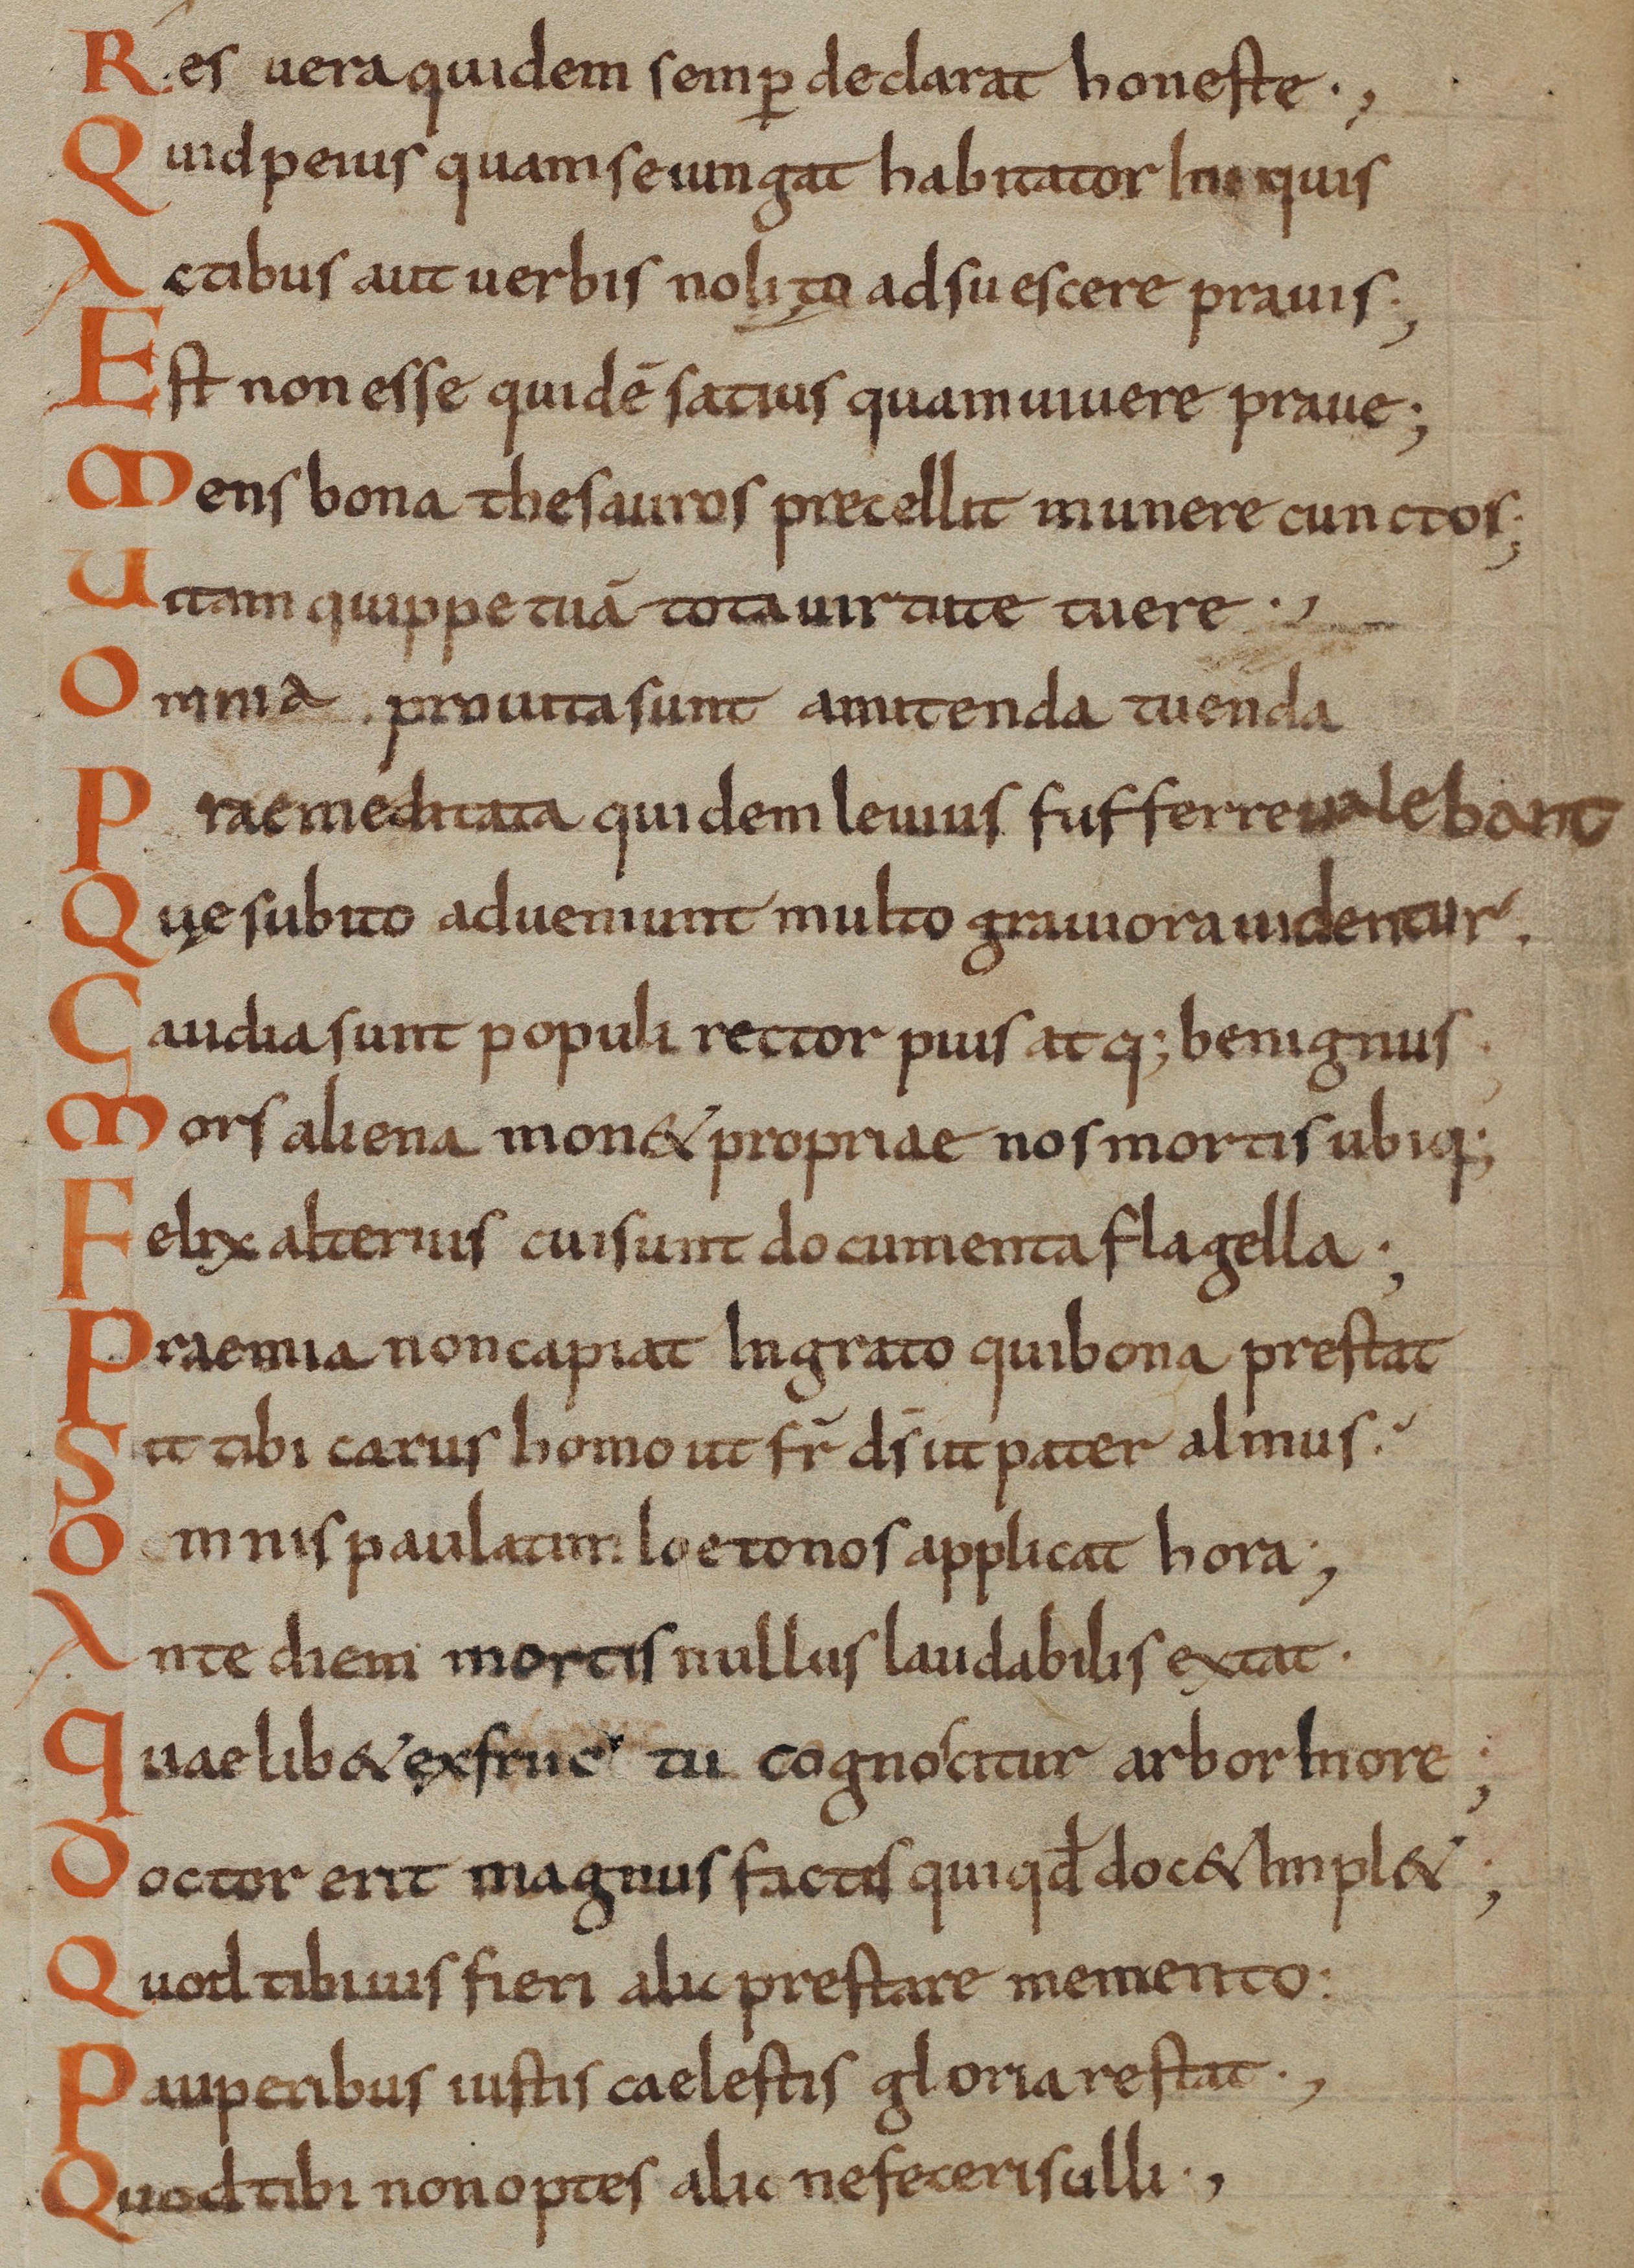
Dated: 800–824